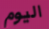
اليوم